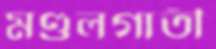
মণ্ডলগাতী